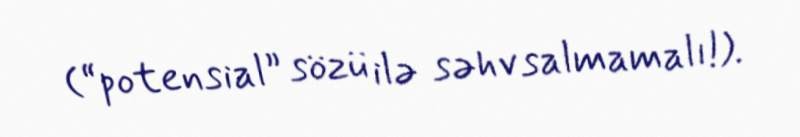
(“potensial” sözü ilə səhv salmamalı!).